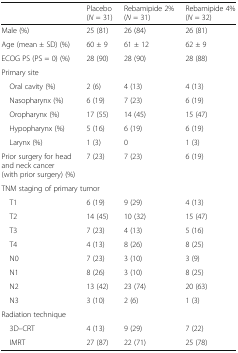
<table><thead><tr><td></td><td><b>Placebo (<i>N</i> = 31)</b></td><td><b>Rebamipide 2% (<i>N</i> = 31)</b></td><td><b>Rebamipide 4% (<i>N</i> = 32)</b></td></tr></thead><tbody><tr><td>Male (%)</td><td>25 (81)</td><td>26 (84)</td><td>26 (81)</td></tr><tr><td>Age (mean ± SD) (%)</td><td>60 ± 9</td><td>61 ± 12</td><td>62 ± 9</td></tr><tr><td>ECOG PS (PS = 0) (%)</td><td>28 (90)</td><td>28 (90)</td><td>28 (88)</td></tr><tr><td colspan="4">Primary site</td></tr><tr><td> Oral cavity (%)</td><td>2 (6)</td><td>4 (13)</td><td>4 (13)</td></tr><tr><td> Nasopharynx (%)</td><td>6 (19)</td><td>7 (23)</td><td>6 (19)</td></tr><tr><td> Oropharynx (%)</td><td>17 (55)</td><td>14 (45)</td><td>15 (47)</td></tr><tr><td> Hypopharynx (%)</td><td>5 (16)</td><td>6 (19)</td><td>6 (19)</td></tr><tr><td> Larynx (%)</td><td>1 (3)</td><td>0</td><td>1 (3)</td></tr><tr><td>Prior surgery for head and neck cancer (with prior surgery) (%)</td><td>7 (23)</td><td>7 (23)</td><td>6 (19)</td></tr><tr><td colspan="4">TNM staging of primary tumor</td></tr><tr><td> T1</td><td>6 (19)</td><td>9 (29)</td><td>4 (13)</td></tr><tr><td> T2</td><td>14 (45)</td><td>10 (32)</td><td>15 (47)</td></tr><tr><td> T3</td><td>7 (23)</td><td>4 (13)</td><td>5 (16)</td></tr><tr><td> T4</td><td>4 (13)</td><td>8 (26)</td><td>8 (25)</td></tr><tr><td> N0</td><td>7 (23)</td><td>3 (10)</td><td>3 (9)</td></tr><tr><td> N1</td><td>8 (26)</td><td>3 (10)</td><td>8 (25)</td></tr><tr><td> N2</td><td>13 (42)</td><td>23 (74)</td><td>20 (63)</td></tr><tr><td> N3</td><td>3 (10)</td><td>2 (6)</td><td>1 (3)</td></tr><tr><td colspan="4">Radiation technique</td></tr><tr><td> 3D–CRT</td><td>4 (13)</td><td>9 (29)</td><td>7 (22)</td></tr><tr><td> IMRT</td><td>27 (87)</td><td>22 (71)</td><td>25 (78)</td></tr></tbody></table>